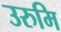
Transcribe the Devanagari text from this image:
उरुमि